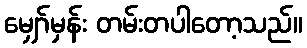
မျှော်မှန်း တမ်းတပါတော့သည်။